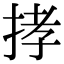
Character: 𢭦